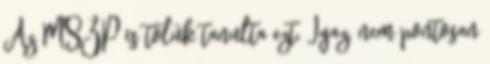
Az MSZP is tőlük tanulta ezt. Igaz, nem pontosan